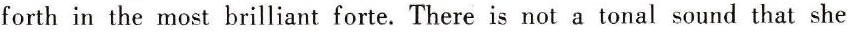
forth in the most brilliant forte. There is not a tonal sound that she